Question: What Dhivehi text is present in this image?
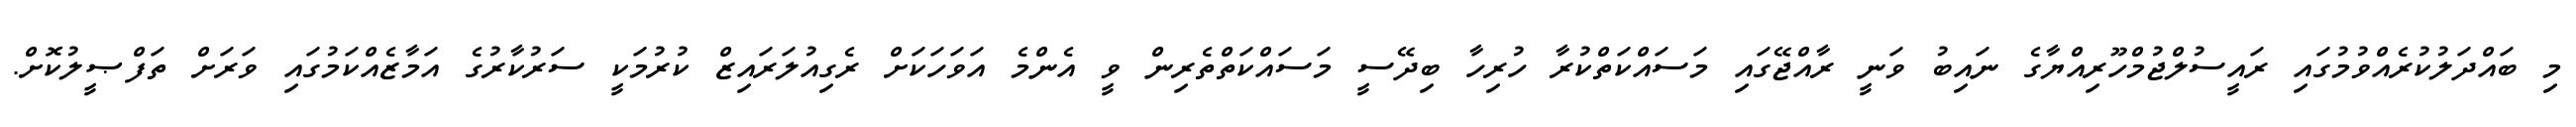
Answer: މި ބައްދަލުކުރެއްވުމުގައި ރައީސުލްޖުމްހޫރިއްޔާގެ ނައިބު ވަނީ ރާއްޖޭގައި މަސައްކަތްކުރާ ހުރިހާ ބިދޭސީ މަސައްކަތްތެރިން ވީ އެންމެ އަވަހަކަށް ރެގިއުލަރައިޒް ކުރުމަކީ ސަރުކާރުގެ އަމާޒެއްކަމުގައި ވަރަށް ތަފްޞީލުކޮށް.